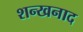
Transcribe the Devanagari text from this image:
शन्खनाद